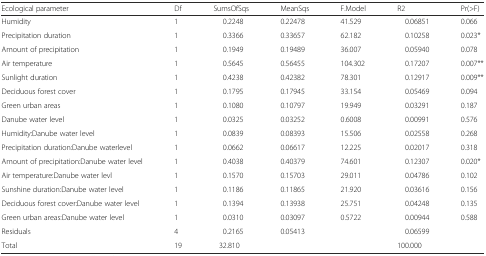
<table><thead><tr><td><b>Ecological parameter</b></td><td><b>Df</b></td><td><b>SumsOfSqs</b></td><td><b>MeanSqs</b></td><td><b>F.Model</b></td><td><b>R2</b></td><td><b>Pr(&gt;F)</b></td></tr></thead><tbody><tr><td>Humidity</td><td>1</td><td>0.2248</td><td>0.22478</td><td>41.529</td><td>0.06851</td><td>0.066</td></tr><tr><td>Precipitation duration</td><td>1</td><td>0.3366</td><td>0.33657</td><td>62.182</td><td>0.10258</td><td>0.023*</td></tr><tr><td>Amount of precipitation</td><td>1</td><td>0.1949</td><td>0.19489</td><td>36.007</td><td>0.05940</td><td>0.078</td></tr><tr><td>Air temperature</td><td>1</td><td>0.5645</td><td>0.56455</td><td>104.302</td><td>0.17207</td><td>0.007**</td></tr><tr><td>Sunlight duration</td><td>1</td><td>0.4238</td><td>0.42382</td><td>78.301</td><td>0.12917</td><td>0.009**</td></tr><tr><td>Deciduous forest cover</td><td>1</td><td>0.1795</td><td>0.17945</td><td>33.154</td><td>0.05469</td><td>0.094</td></tr><tr><td>Green urban areas</td><td>1</td><td>0.1080</td><td>0.10797</td><td>19.949</td><td>0.03291</td><td>0.187</td></tr><tr><td>Danube water level</td><td>1</td><td>0.0325</td><td>0.03252</td><td>0.6008</td><td>0.00991</td><td>0.576</td></tr><tr><td>Humidity:Danube water level</td><td>1</td><td>0.0839</td><td>0.08393</td><td>15.506</td><td>0.02558</td><td>0.268</td></tr><tr><td>Precipitation duration:Danube waterlevel</td><td>1</td><td>0.0662</td><td>0.06617</td><td>12.225</td><td>0.02017</td><td>0.318</td></tr><tr><td>Amount of precipitation:Danube water level</td><td>1</td><td>0.4038</td><td>0.40379</td><td>74.601</td><td>0.12307</td><td>0.020*</td></tr><tr><td>Air temperature:Danube water levl</td><td>1</td><td>0.1570</td><td>0.15703</td><td>29.011</td><td>0.04786</td><td>0.102</td></tr><tr><td>Sunshine duration:Danube water level</td><td>1</td><td>0.1186</td><td>0.11865</td><td>21.920</td><td>0.03616</td><td>0.156</td></tr><tr><td>Deciduous forest cover:Danube water level</td><td>1</td><td>0.1394</td><td>0.13938</td><td>25.751</td><td>0.04248</td><td>0.135</td></tr><tr><td>Green urban areas:Danube water level</td><td>1</td><td>0.0310</td><td>0.03097</td><td>0.5722</td><td>0.00944</td><td>0.588</td></tr><tr><td>Residuals</td><td>4</td><td>0.2165</td><td>0.05413</td><td></td><td>0.06599</td><td></td></tr><tr><td>Total</td><td>19</td><td>32.810</td><td></td><td></td><td>100.000</td><td></td></tr></tbody></table>